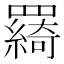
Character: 𦌰